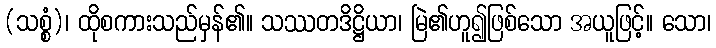
(သစ္စံ)၊ ထိုစကားသည်မှန်၏။ သဿတဒိဋ္ဌိယာ၊ မြဲ၏ဟူ၍ဖြစ်သော အယူဖြင့်။ သော၊